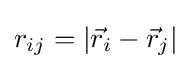
\textstyle r_{ij}=|{\vec {r}}_{i}-{\vec {r}}_{j}|